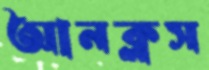
আনক্লস